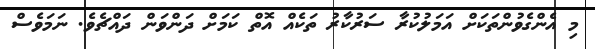
މި އެންގެވުންތަކަށް އަމަލުކުރާ ސަރުކާރު ތަކެއް އޮތް ކަމަށް ދަންވަން ދައްޗެވެ. ނަމަވެސް